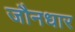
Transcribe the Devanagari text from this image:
जौनधार